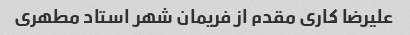
علیرضا کاری مقدم از فریمان شهر استاد مطهری